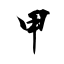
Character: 甲